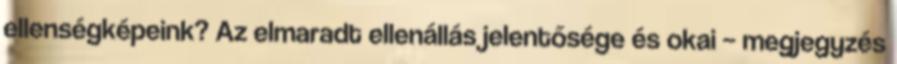
ellenségképeink? Az elmaradt ellenállás jelentősége és okai – megjegyzés